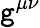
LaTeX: \mathtt{g}^{\mu\nu}